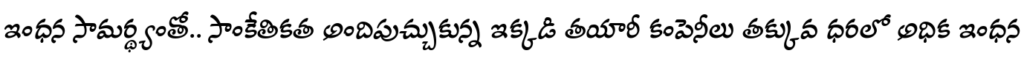
ఇంధన సామర్థ్యంతో.. సాంకేతికత అందిపుచ్చుకున్న ఇక్కడి తయారీ కంపెనీలు తక్కువ ధరలో అధిక ఇంధన